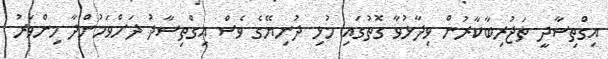
އިގްތިސާދީ ތަޖުރިބާކާރުން ވިދާޅުވާ ގޮތުގައި މުޅި ދުނިޔޭގެ ވެސް އިގްތިސާދު ދަށްވަމުންދާ މިންވަރު